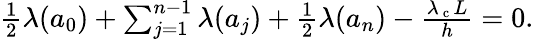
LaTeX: \begin{array}{r}{\frac{1}{2}\lambda({a}_{0})+\sum_{j=1}^{n-1}\lambda({a}_{j})+\frac{1}{2}\lambda({a}_{n})-\frac{\lambda_{\mathrm{~c~}}L}{h}=0.}\end{array}